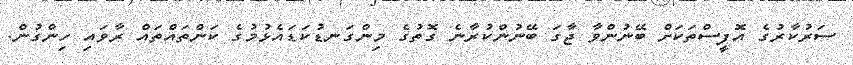
ސަރުކާރުގެ އޮފީސްތަކަށް ބޭނުންވާ ޖާގަ ބޭނުންކުރާނެ ގޮތުގެ މިންގަނޑުކަޑައެޅުމުގެ ކަންތައްތައް ރާވައި ހިންގުން.